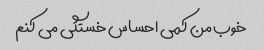
خوب من کمی احساس خستگی می کنم